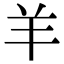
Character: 羊